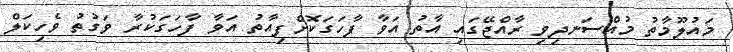
މައުލޫމާތު މުއްސަނދިވި ރާއްޖޭގައި އާތު އަވާ ފާހަގަކޮށްފިއާތު އަވާ ފާހަގަކުރާ ވަގުތު ވެހިކަލް